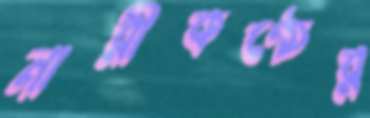
নারীকণ্ঠের